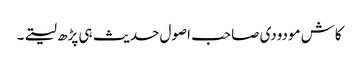
کاش مودودی صاحب اصول حدیث ہی پڑھ لیتے۔